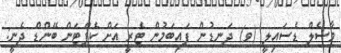
މާސެލް ޑެސައިލީ (ވ) ދަނޑުން ފައިބަމުން ޓެރީ އަށް ކެޕްޓަން ބޭންޑް ދެނީ: